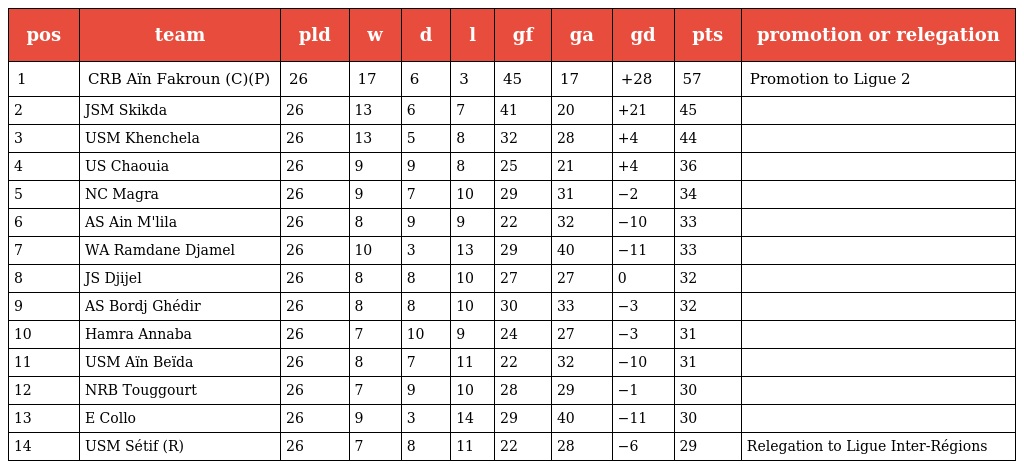
| pos | team | pld | w | d | l | gf | ga | gd | pts | promotion or relegation |
 | --- | --- | --- | --- | --- | --- | --- | --- | --- | --- | --- |
 | 1 | CRB Aïn Fakroun (C)(P) | 26 | 17 | 6 | 3 | 45 | 17 | +28 | 57 | Promotion to Ligue 2 |
 | 2 | JSM Skikda | 26 | 13 | 6 | 7 | 41 | 20 | +21 | 45 |  |
 | 3 | USM Khenchela | 26 | 13 | 5 | 8 | 32 | 28 | +4 | 44 |  |
 | 4 | US Chaouia | 26 | 9 | 9 | 8 | 25 | 21 | +4 | 36 |  |
 | 5 | NC Magra | 26 | 9 | 7 | 10 | 29 | 31 | −2 | 34 |  |
 | 6 | AS Ain M'lila | 26 | 8 | 9 | 9 | 22 | 32 | −10 | 33 |  |
 | 7 | WA Ramdane Djamel | 26 | 10 | 3 | 13 | 29 | 40 | −11 | 33 |  |
 | 8 | JS Djijel | 26 | 8 | 8 | 10 | 27 | 27 | 0 | 32 |  |
 | 9 | AS Bordj Ghédir | 26 | 8 | 8 | 10 | 30 | 33 | −3 | 32 |  |
 | 10 | Hamra Annaba | 26 | 7 | 10 | 9 | 24 | 27 | −3 | 31 |  |
 | 11 | USM Aïn Beïda | 26 | 8 | 7 | 11 | 22 | 32 | −10 | 31 |  |
 | 12 | NRB Touggourt | 26 | 7 | 9 | 10 | 28 | 29 | −1 | 30 |  |
 | 13 | E Collo | 26 | 9 | 3 | 14 | 29 | 40 | −11 | 30 |  |
 | 14 | USM Sétif (R) | 26 | 7 | 8 | 11 | 22 | 28 | −6 | 29 | Relegation to Ligue Inter-Régions |